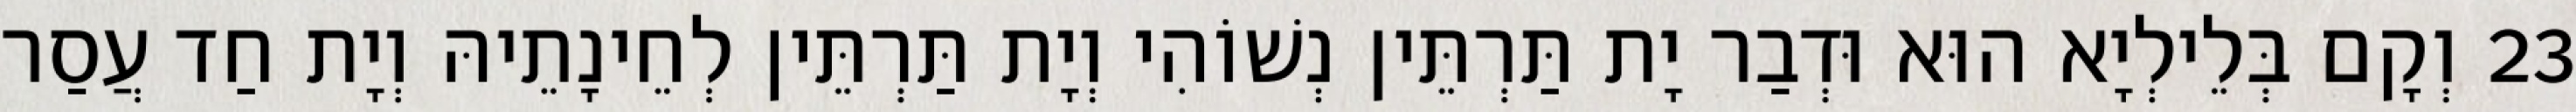
23 וְקָם בְּלֵילְיָא הוּא וּדְבַר יָת תַּרְתֵּין נְשׁוֹהִי וְיָת תַּרְתֵּין לְחֵינָתֵיהּ וְיָת חַד עֲסַר